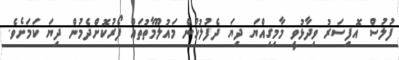
ފުލުސް އޮފިސަރު ވިދާޅުވީ މާމިގިއްޔަ ދިޔަ ދެފުލުހުން މައުލޫމާތުތައް ފޯރުކޮށްދެމުން ދިޔަ ކަމަށެވެ.